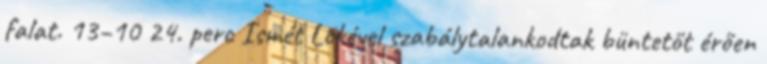
falat. 13–10 24. perc Ismét Lökével szabálytalankodtak büntetőt érően